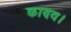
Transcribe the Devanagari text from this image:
काण्व।